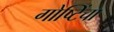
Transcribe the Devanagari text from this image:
गोष्टिंचा